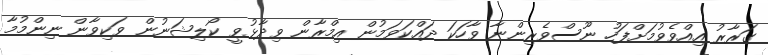
ގަރާރު އިއްވެވުމަށްފަހު ނޫސްވެރިންނާ ވާހަކަ ދައްކަވަމުން އިމްރާން ވިދާޅުވީ ކޯލިޝަނުން ވަކިވާން ނިންމުމާ